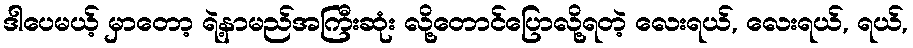
ဒါပေမယ့် မှာတော့ ရဲ့နာမည်အကြီးဆုံး လို့တောင်ပြောလို့ရတဲ့ လေးရယ်, လေးရယ်, ရယ်,